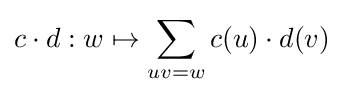
c\cdot d:w\mapsto \sum _{uv=w}c(u)\cdot d(v)